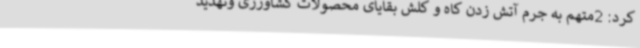
کرد: 2متهم به جرم آتش زدن کاه و کلش بقایای محصولات کشاورزی وتهدید